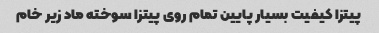
پیتزا کیفیت بسیار پایین تمام روی پیتزا سوخته ماد زیر خام